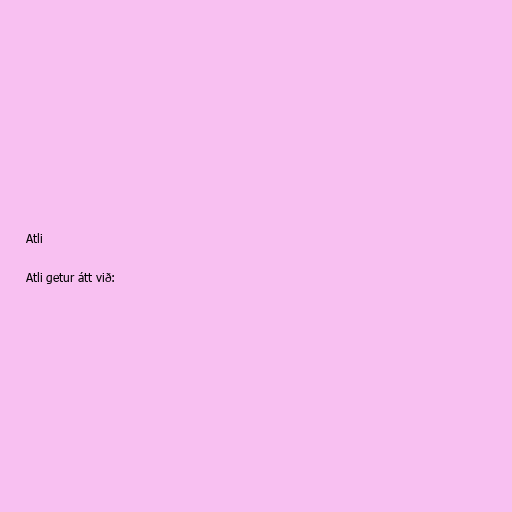
Atli

Atli getur átt við: